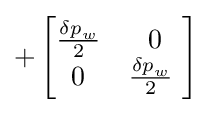
+\left[{\begin{matrix}{\frac {{\delta p}_{w}}{2}}&0\\0&{\frac {{\delta p}_{w}}{2}}\ \\\end{matrix}}\right]